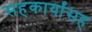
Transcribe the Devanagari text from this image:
सहकार्यांसह